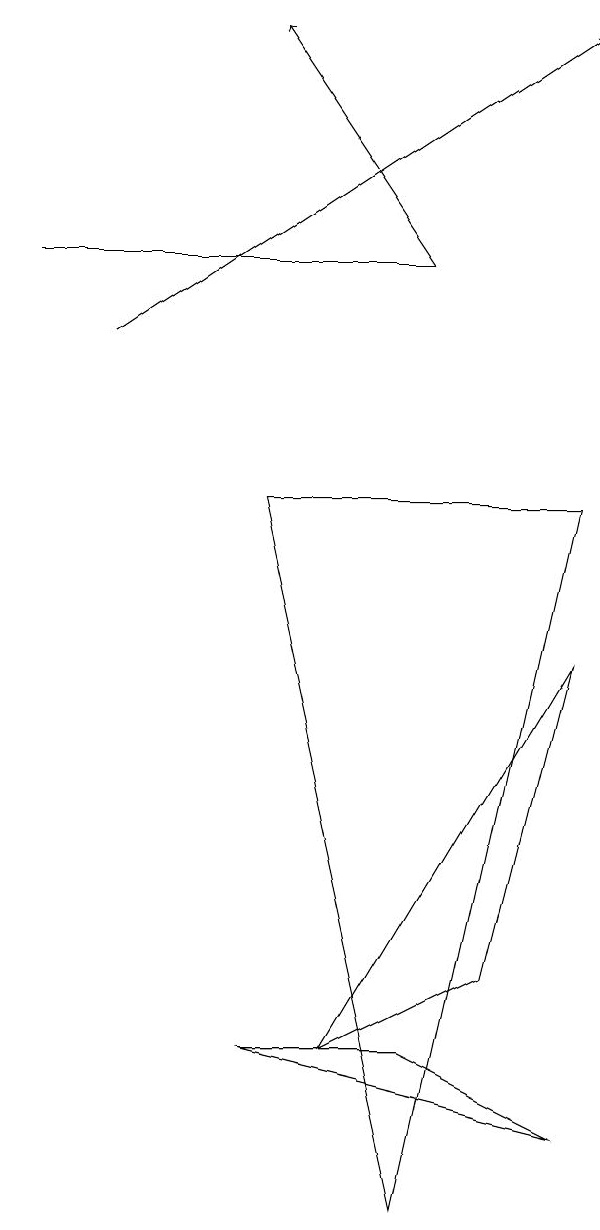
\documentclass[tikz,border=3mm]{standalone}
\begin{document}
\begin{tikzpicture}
\draw (9,1) -- (7,2) -- (5,2) -- cycle;
\draw[->] (7,12) -- (5,15);
\draw (7,12) rectangle (2,12);
\draw[->] (3,11) -- (9,15);
\draw (9,7) -- (8,3) -- (6,2) -- cycle;
\draw (5,9) -- (9,9) -- (7,0) -- cycle;
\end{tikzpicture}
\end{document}